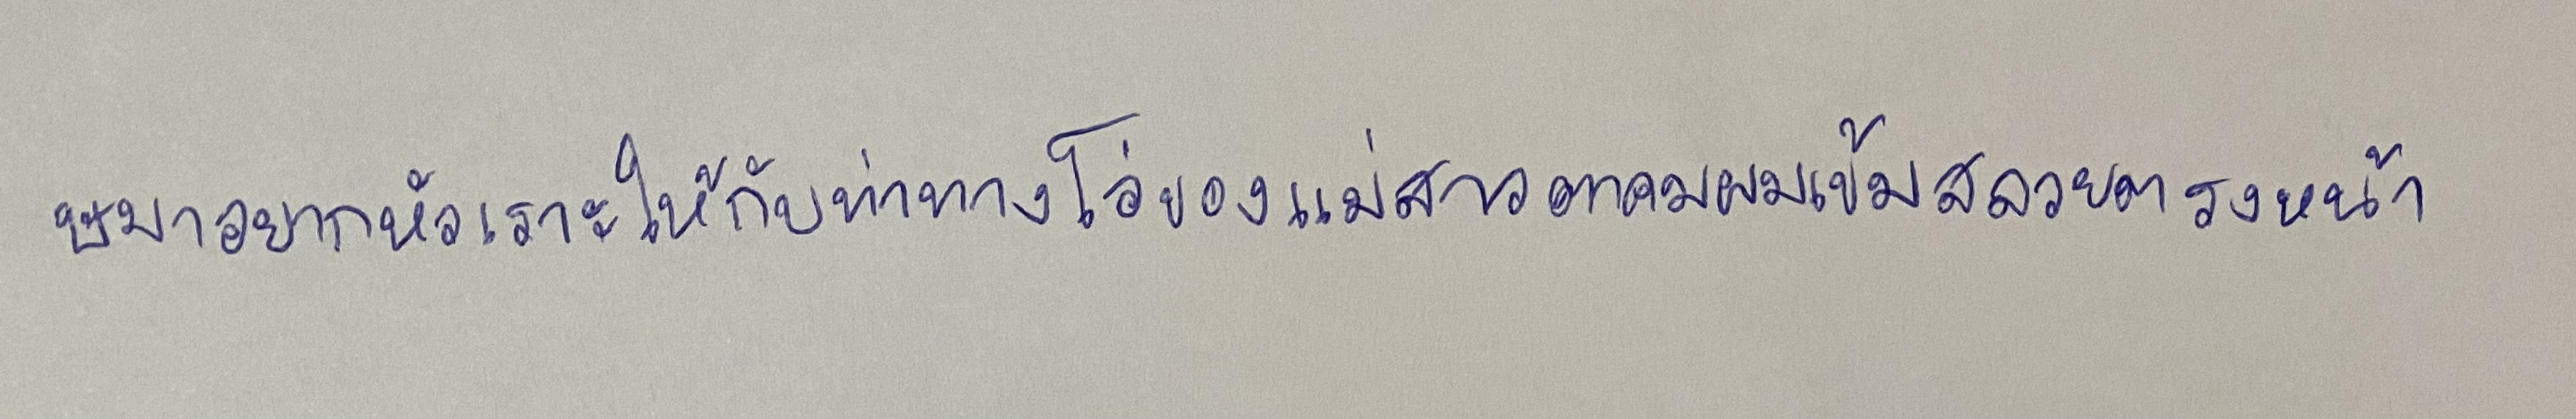
ษมาอยากหัวเราะให้กับท่าทางโอ่ของแม่สาวตาคมผมเข้มสลวยตรงหน้า